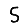
Digit: 5